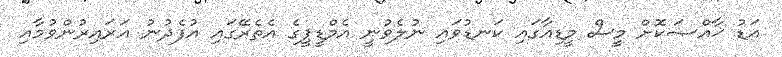
އަޑު ޚާއްޞަކޮށް މީސް މީޑިއާގައި ކަނޑުވައި ނުލެވުނީ އެމްޑީޕީގެ އެތެރޭގައި އުފެދުނު އަރައިރުންވުމާއި